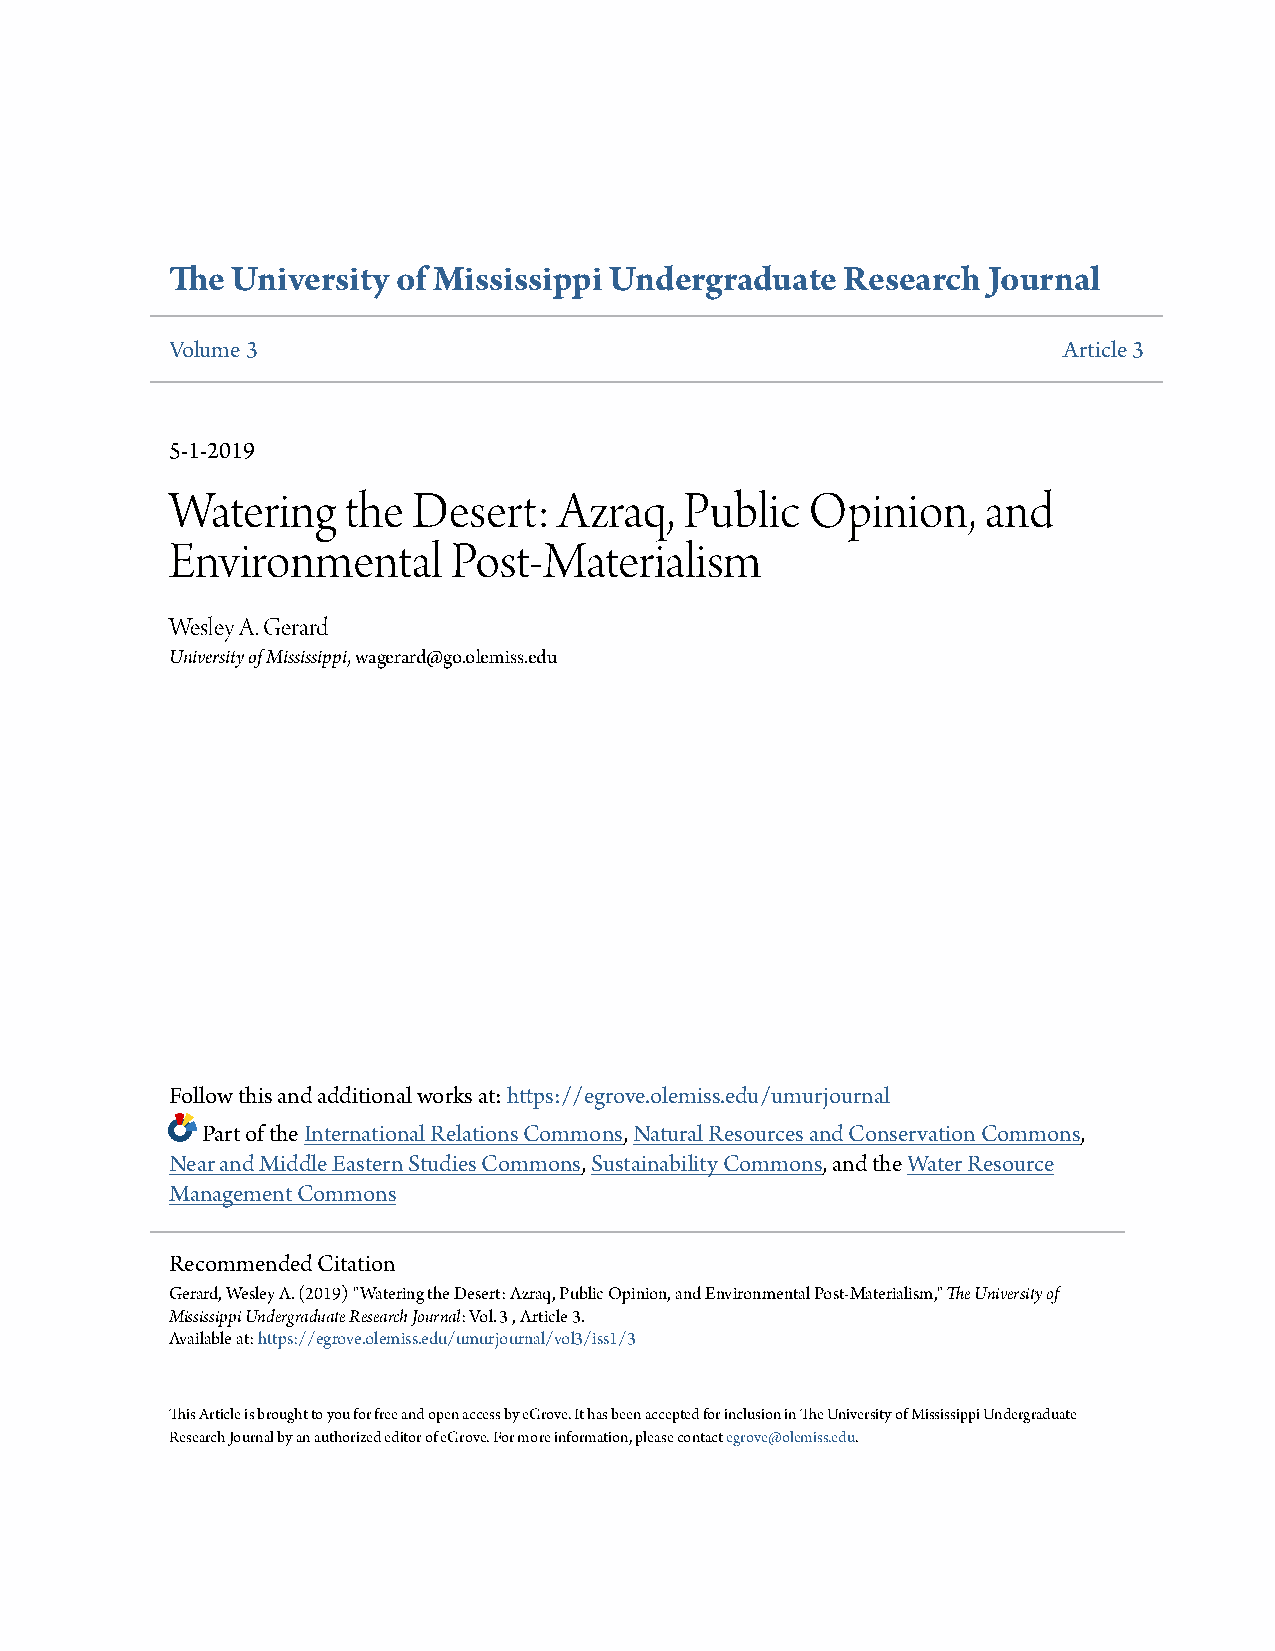
The University of Mississippi Undergraduate  Research Journal
 Volume 3                                                   Article 3
 5-1-2019
 Watering    the Desert:   Azraq,  Public   Opinion,   and
 Environmental      Post-Materialism
 Wesley A. Gerard
 University of Mississippi, wagerard@go.olemiss.edu
 Follow this and additional works at:https://egrove.olemiss.edu/umurjournal
 Part of theInternational Relations Commons,Natural Resources and Conservation Commons,
 Near and Middle Eastern Studies Commons,Sustainability Commons, and theWater Resource
 Management Commons
 Recommended Citation
 Gerard, Wesley A. (2019) "Watering the Desert: Azraq, Public Opinion, and Environmental Post-Materialism,"The University of
 Mississippi Undergraduate Research Journal: Vol. 3 , Article 3.
 Available at:https://egrove.olemiss.edu/umurjournal/vol3/iss1/3
 This Article is brought to you for free and open access by eGrove. It has been accepted for inclusion in The University of Mississippi Undergraduate
 Research Journal by an authorized editor of eGrove. For more information, please contactegrove@olemiss.edu.